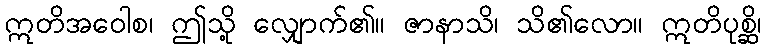
ဣတိအဝေါစ၊ ဤသို့ လျှောက်၏။ ဇာနာသိ၊ သိ၏လော။ ဣတိပုစ္ဆိ၊